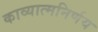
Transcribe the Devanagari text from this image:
काव्यात्मनिर्णय